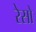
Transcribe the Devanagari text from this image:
रेसो